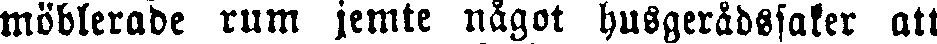
möblerade rum jemte något husgerådssaker att